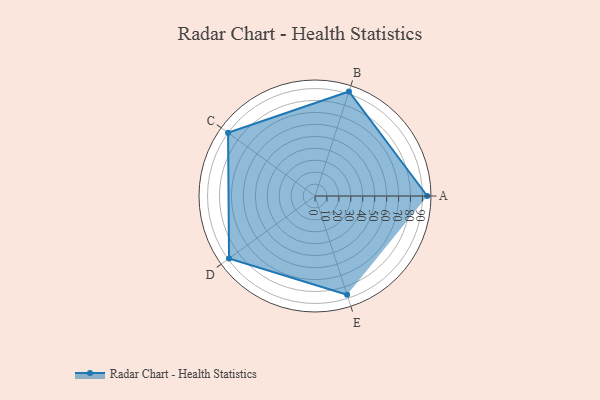
{"axis": {"x": "Skill", "y": "Score"}, "legend": ["Profile"], "data": [{"x": "A", "y": 94.0, "type": "Profile"}, {"x": "B", "y": 92.0, "type": "Profile"}, {"x": "C", "y": 90.0, "type": "Profile"}, {"x": "D", "y": 89.0, "type": "Profile"}, {"x": "E", "y": 87.0, "type": "Profile"}]}